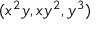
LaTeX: ( x ^ { 2 } y , x y ^ { 2 } , y ^ { 3 } )